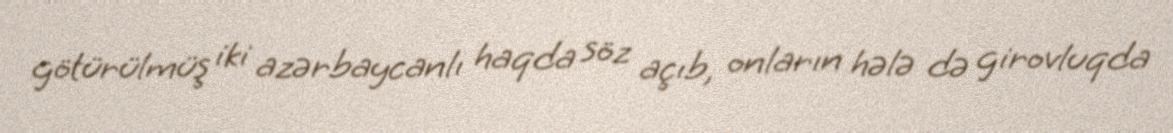
götürülmüş iki azərbaycanlı haqda söz açıb, onların hələ də girovluqda